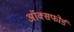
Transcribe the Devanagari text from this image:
अॉक्सफोर्ड